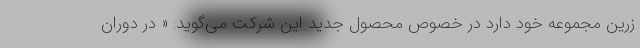
زرین مجموعه خود دارد در خصوص محصول جدید این شرکت می‌گوید: « در دوران